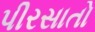
પીરસાતો